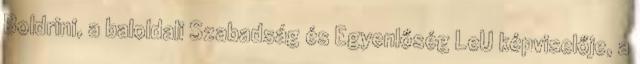
Boldrini, a baloldali Szabadság és Egyenlőség LeU képviselője, a